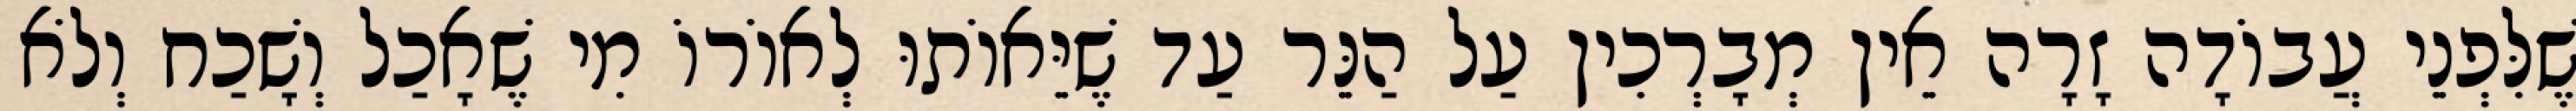
שֶׁלִּפְנֵי עֲבוֹדָה זָרָה אֵין מְבָרְכִין עַל הַנֵּר עַד שֶׁיֵּאוֹתוּ לְאוֹרוֹ מִי שֶׁאָכַל וְשָׁכַח וְלֹא